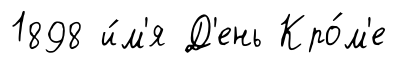
1898 и́м'я Д'ень Кро́м'е